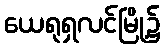
ယေရုရှလင်မြို့၌